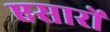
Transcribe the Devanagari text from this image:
एसारों